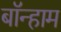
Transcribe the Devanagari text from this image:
बॉन्हाम